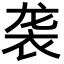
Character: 袭